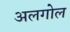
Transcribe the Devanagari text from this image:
अलगोल